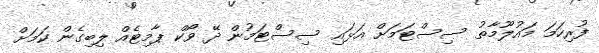
ފުރިހަމަ މައުލޫމާތު ސިސްޓަމަށް އަޅައި ސިސްޓަމުން ދޭ ވޯކް ޕާމިޓެއް ލިބިގެން ކަމަށް